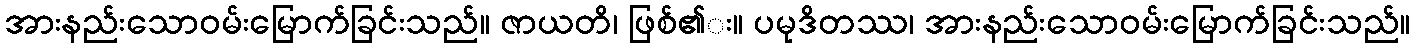
အားနည်းသောဝမ်းမြောက်ခြင်းသည်။ ဇာယတိ၊ ဖြစ်၏း။ ပမုဒိတဿ၊ အားနည်းသောဝမ်းမြောက်ခြင်းသည်။